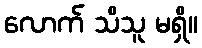
လောက် သိသူ မရှိ။